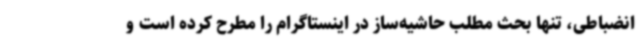
انضباطی، تنها بحث مطلب حاشیه‌ساز در اینستاگرام را مطرح کرده است و